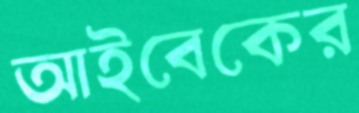
আইবেকের